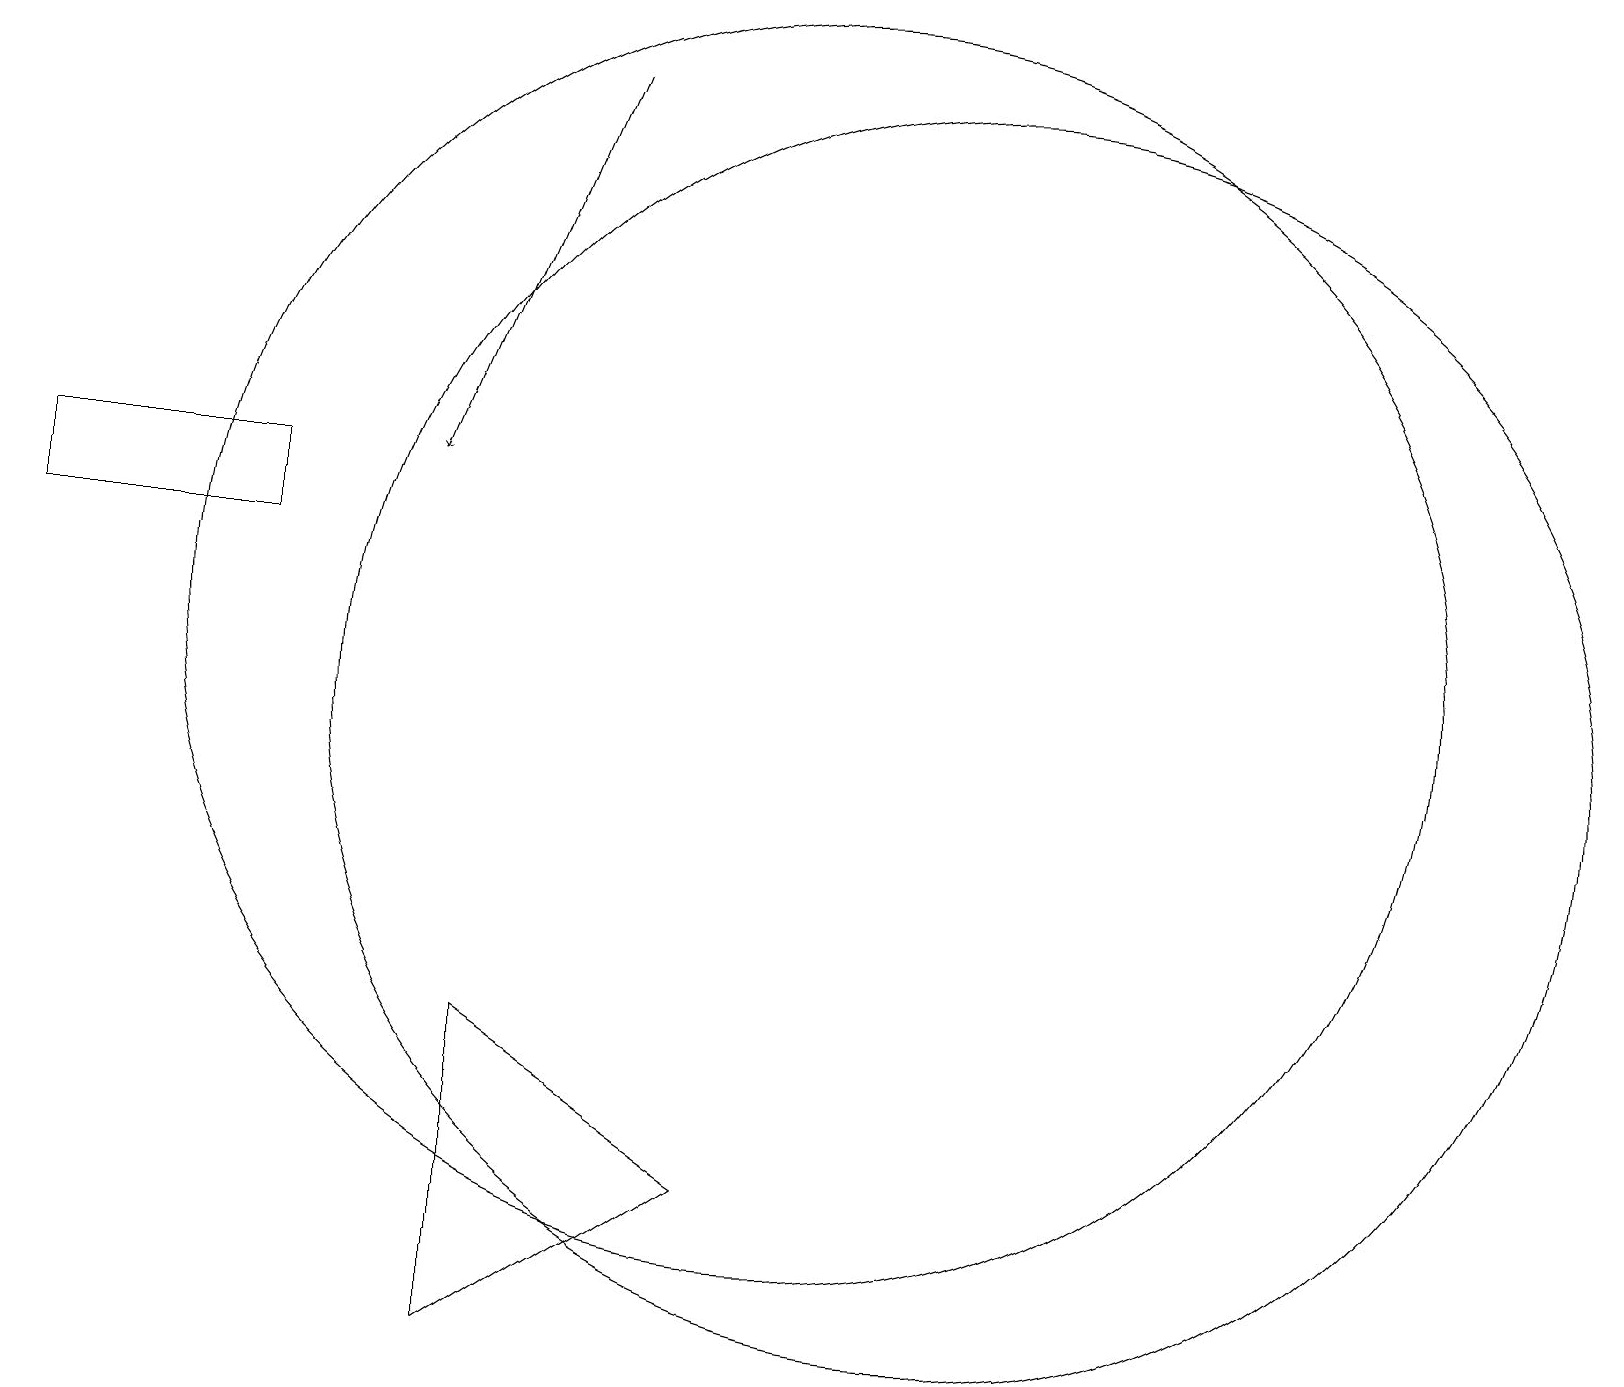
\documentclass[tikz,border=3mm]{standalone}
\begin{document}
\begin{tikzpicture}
\draw (3,14) rectangle (0,13);
\draw (6,7) -- (6,3) -- (9,5) -- cycle;
\draw[->] (7,19) -- (5,14);
\draw (12,11) circle (8);
\draw (10,12) circle (8);
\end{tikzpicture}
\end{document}